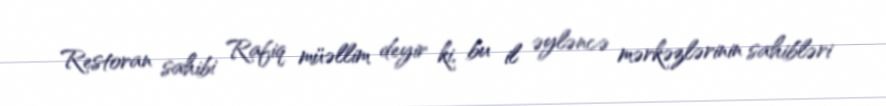
Restoran sahibi Rafiq müəllim deyir ki, bu il əyləncə mərkəzlərinin sahibləri